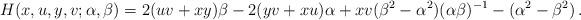
LaTeX: \begin{align*}H(x,u,y,v;\alpha,\beta)=2(uv+xy)\beta - 2(yv+xu)\alpha + xv(\beta^2-\alpha^2)(\alpha\beta)^{-1} - (\alpha^2-\beta^2)\,.\end{align*}